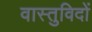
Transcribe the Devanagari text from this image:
वास्‍तुविदों